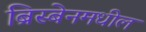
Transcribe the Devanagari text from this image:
ब्रिस्बेनमधील